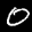
Label: 0